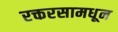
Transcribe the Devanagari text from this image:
रक्तरसामधून